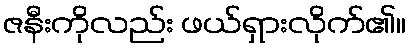
ဇနီးကိုလည်း ဖယ်ရှားလိုက်၏။